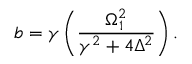
b = \gamma \left( \frac { \Omega _ { 1 } ^ { 2 } } { \gamma ^ { 2 } + 4 \Delta ^ { 2 } } \right) .